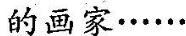
\underline{的画家......}